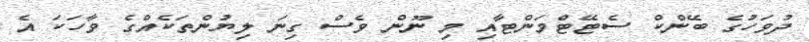
ދުވަހުގެ ބޭންކް ސެޓޭޓްމަންޓާއި މި ނޫން ވެސް ގިނަ ލިޔުންތަކެއްގެ ވާހަކަ އެ